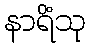
နာရိံသု